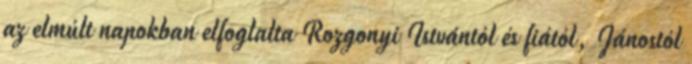
az elmúlt napokban elfoglalta Rozgonyi Istvántól és fiától, Jánostól